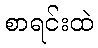
စာရင်းထဲ